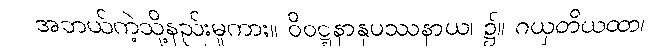
အဘယ်ကဲ့သို့နည်းမူကား။ ဝိဝဋ္ဋနာနုပဿနာယ၊ ၌။ ဂယှတိယထာ၊